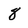
Character: 8